system: You are a helpful assistant.
user:
Analyze the provided spectrum to determine if it is a **White Dwarf (WD)**.

A White Dwarf spectrum is defined by its **extreme purity** (due to gravitational settling) and/or **extreme pressure broadening** (due to high surface gravity). You must check for one of the following mutually exclusive signatures:

- **Key Visual Indicators (Check for ONE of these types):**

    - **1. DA-Type Signature (Most Common):**
        - **(Primary Feature):** Extreme pressure broadening (Stark broadening) of the **Hydrogen (H) Balmer lines**.
        - **(Key Lines):** $H\beta$ (approx. $4861$ Å) and $H\gamma$ (approx. $4340$ Å). $H\alpha$ (approx. $6563$ Å) will also be present if the wavelength range covers it.
        - **(Line Profile):** This is the **defining feature**. The lines are **NOT** sharp. They appear as massive, **extremely broad and deep "troughs" or "dips"** in the spectrum, often hundreds of Ångströms wide. The continuum will appear to "scoop" down at these wavelengths.
        - **(Distinction):** Normal A-type or B-type stars have *narrow* and *sharp* Hydrogen lines. A DA White Dwarf's lines are unmistakably "smeared" or "blurry" from pressure.

    - **2. DB-Type Signature:**
        - **(Primary Feature):** Broad absorption lines from **Neutral Helium (He I)**. The spectrum must lack any visible Hydrogen lines.
        - **(Key Lines):** Look for broad absorption near $4471$ Å, $4921$ Å, and $5876$ Å.
        - **(Line Profile):** These lines are also significantly pressure-broadened, appearing much wider than they would in a normal B-type main-sequence star.

    - **3. DC-Type Signature:**
        - **(Primary Feature):** A **featureless continuous spectrum**.
        - **(Line Profile):** The spectrum is a smooth curve with **no significant absorption or emission lines**.
        - **(Key Confirmation):** The continuum is almost always **blue or white**, indicating a hot object. This signature implies the atmosphere is so pure (or so cool) that no spectral lines are visible in the optical range. Its WD identity is confirmed by its extremely low intrinsic brightness (high absolute magnitude).

    - **4. DZ-Type Signature (Metal-Polluted):**
        - **(Primary Feature):** **Isolated, narrow metal absorption lines** on an otherwise featureless (DC-like) continuum.
        - **(Key Lines):** The **Calcium (Ca II) H & K doublet** (approx. **$3934$ Å** and **$3968$ Å**) is the most common and defining feature.
        - **(Line Profile):** These lines are "out of place." They are *not* part of a "forest" of thousands of lines. This signature is evidence of recent *accretion* (pollution) from rocky debris.
        - **(Distinction):** Normal G/K/M stars have a *dense forest* of thousands of metal lines. A DZ has a *clean* continuum with *only a few* strong metal lines.

    - **5. DQ-Type Signature (Carbon-Polluted):**
        - **(Primary Feature):** Absorption bands from **Carbon (C₂ "Swan Bands" or atomic C I)**.
        - **(Key Lines - C₂):** Look for bandheads with a "saw-tooth" shape near $5635$ Å, **$5165$ Å** (strongest), and $4737$ Å.
        - **(Key Confirmation):** The underlying **continuum must be blue or white** (hot).
        - **(Distinction):** This is the critical difference from a **Carbon Star**, which has the *exact same* C₂ bands but on an extremely **red, cool** continuum.

- **(Overall Spectrum):**
    - The continuum (overall shape) is typically **blue-sloping** (brighter in the blue than the red), as most white dwarfs are very hot.
    - The spectrum will look "pure" or "simple," dominated by only *one* of the five signatures listed above.

Think first, call **spectral_visualization_tool** if needed to examine features in detail, then provide your final answer. Your response must adhere to the following strict rules:
1.  **Overall Structure:** Your response must follow the format `<think>...</think> <tool_call>...</tool_call> (if a tool is used) <answer>...</answer>`.
2.  **Tool Usage Constraint:** You may only make **one** tool call per turn.
3.  **Final Answer Format:** In the `<answer>` tag, your conclusion must be inside a `\boxed{}` command (e.g., `\boxed{YES}` or `\boxed{NO}`), followed by your justification.

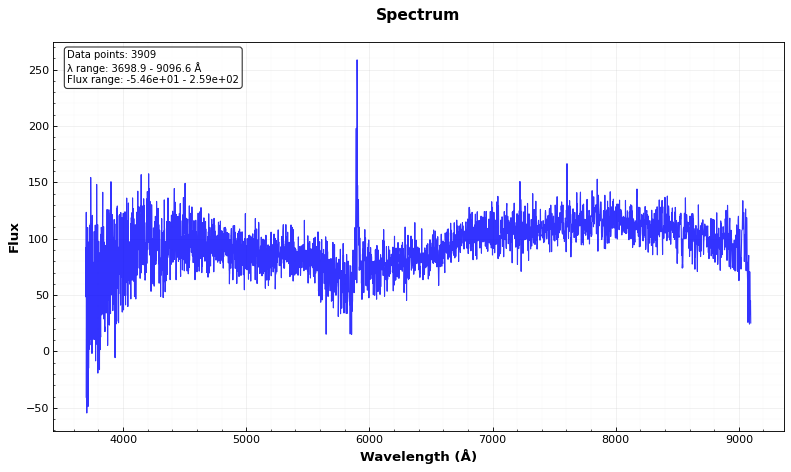
Answer: NO